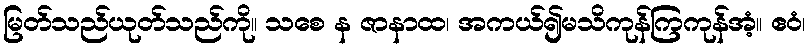
မြတ်သည်ယုတ်သည်ကို။ သစေ န ဇာနာထ၊ အကယ်၍မသိကုန်ကြကုန်အံ့။ ဧဝံ၊